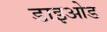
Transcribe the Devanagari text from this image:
डाइओड